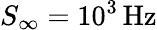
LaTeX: S_{\infty}=10^{3}\, \mathrm{Hz}